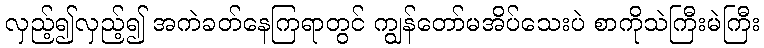
လှည့်၍လှည့်၍ အကဲခတ်နေကြရာတွင် ကျွန်တော်မအိပ်သေးပဲ စာကိုသဲကြီးမဲကြီး